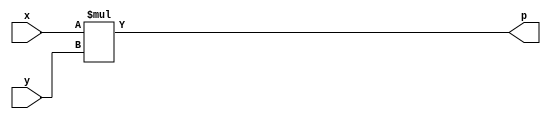
module unsigned_mult(x, y, p);
	input  [16:0] x;
	input  [16:0] y;
	output [32:0] p;
	

	assign p = x * y;

endmodule